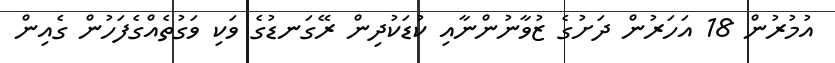
އުމުރުން 18 އަހަރުން ދަށުގެ ޒުވާނުންނާއި ކުޑަކުދިން ރޭގަނޑުގެ ވަކި ވަގުތެއްގެފަހުން ގެއިން